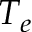
T _ { e }